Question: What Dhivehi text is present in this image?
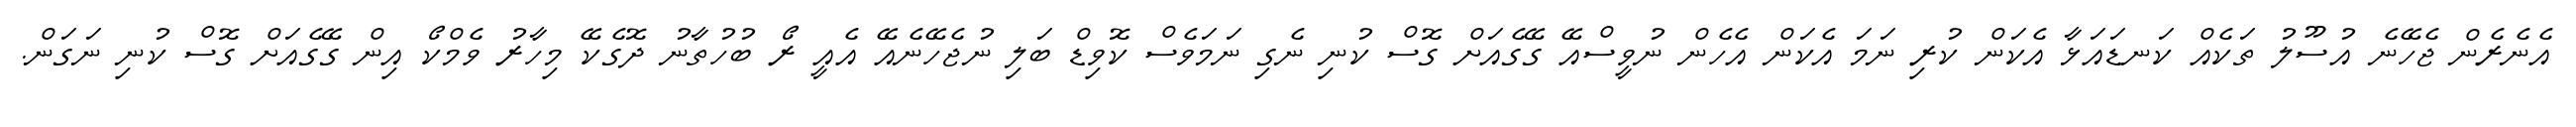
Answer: އެނެރެން ޖެހޭނެ އުސޫލު ތަކެއް ކަނޑައަޅާ އެކަން ކުރި ނަމަ އެކަން އެހެން ނުވީސްއޭ ގޭގެއަށް ގޮސް ކުނި ނެގި ނަމަވެސް ކޮވިޑް ބަލި ނުޖެހޭނެއޭ އެއީ ރޯ ބުހުތާނު ދޮގެކޭ މިހާރު ވެމްކޯ އިން ގޭގެއަށް ގޮސް ކުނި ނަގަން.